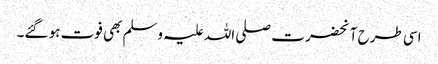
اسی طرح آنحضرت صلی اللہ علیہ وسلم بھی فوت ہو گئے۔